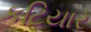
કટિયાર